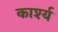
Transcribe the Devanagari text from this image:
कार्श्य